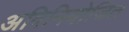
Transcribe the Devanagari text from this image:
अविनियोजित